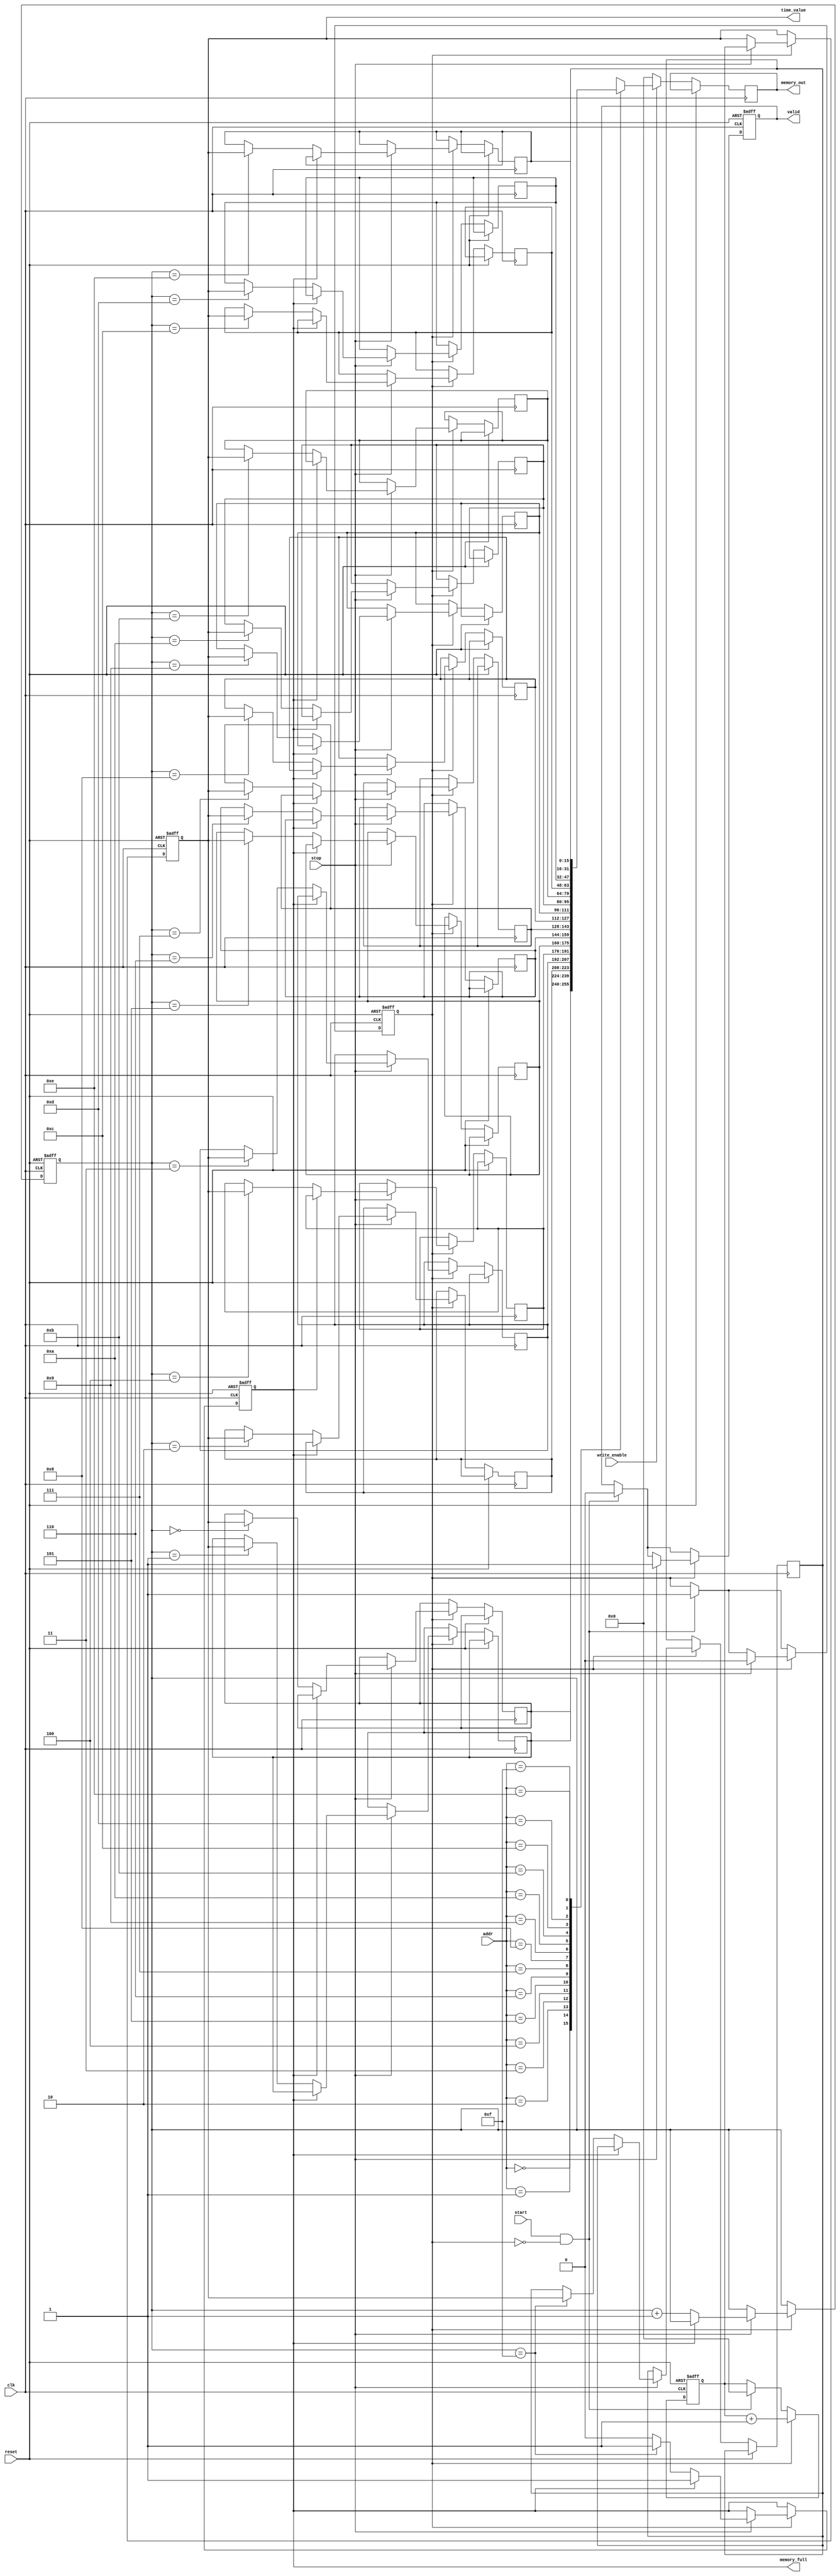
module TimeToDigitalConverter (
    input wire clk,                // High-frequency clock
    input wire reset,              // Asynchronous reset signal
    input wire start,              // START input signal
    input wire stop,               // STOP input signal
    output reg [15:0] time_value,  // Time interval output
    output reg valid,              // Indicates valid time measurement
    input wire [3:0] addr,         // Address for memory read/write operations
    input wire write_enable,        // Control for writing to memory
    output reg [15:0] memory_out,  // Memory data output for reading
    output reg memory_full          // Indicates if memory is full
);
    
    reg [15:0] counter;             // Counter for clock cycles
    reg [15:0] memory [0:15];       // Memory array (FIFO or SRAM)
    reg [3:0] mem_ptr;              // Pointer for memory write/read
    reg measuring;                  // State to indicate if measuring time

    // Initialize memory pointer and valid signal
    initial begin
        mem_ptr = 0;
        valid = 0;
        memory_full = 0;
    end

    // Main operation logic
    always @(posedge clk or posedge reset) begin
        if (reset) begin
            // Reset conditions
            counter <= 0;
            time_value <= 0;
            valid <= 0;
            measuring <= 0;
            mem_ptr <= 0;
            memory_full <= 0;
        end else begin
            if (start && !measuring) begin
                // Start measurement
                counter <= 0;
                measuring <= 1;
                valid <= 0;
            end

            if (measuring) begin
                // Count until STOP signal
                counter <= counter + 1;

                if (stop) begin
                    // Stop measurement
                    measuring <= 0;
                    time_value <= counter; // Capture the time interval
                    valid <= 1; // Indicate a valid measurement

                    // Store the value in memory if not full
                    if (!memory_full) begin
                        memory[mem_ptr] <= time_value;
                        mem_ptr <= mem_ptr + 1;
                        if (mem_ptr == 15) begin
                            memory_full <= 1; // Memory is full
                        end
                    end
                end
            end

            // Output memory data on read
            if (write_enable) begin
                memory_out <= memory[addr]; // Read from memory
            end else begin
                memory_out <= 16'b0; // Default if not reading
            end
        end
    end

endmodule